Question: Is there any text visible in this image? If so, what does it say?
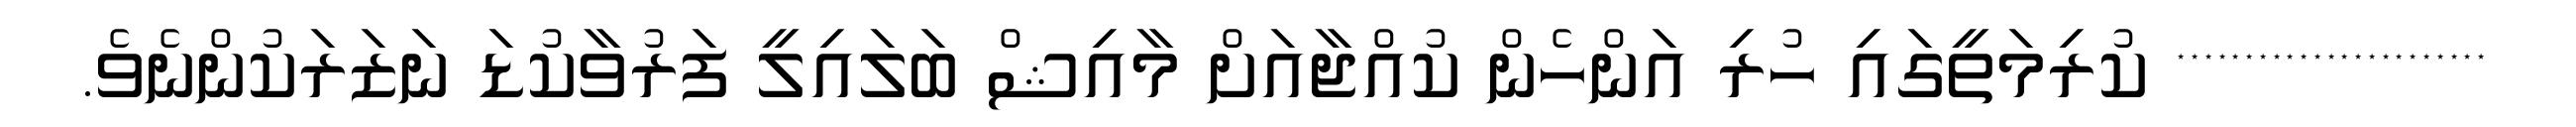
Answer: *********************** ކުރިމަތީގައި ހުރި އަންހެން ކުއްޖާއަށް މާއިޝް ބަލައިލީ ފަރުވާކުޑަ ނަޒަރަކުންނެވެ.